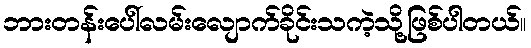
ဘားတန်းပေါ်လမ်းလျောက်ခိုင်းသကဲ့သို့ဖြစ်ပါတယ်။